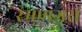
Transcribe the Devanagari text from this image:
रमणगरा